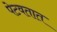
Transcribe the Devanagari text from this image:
पेटवतात